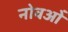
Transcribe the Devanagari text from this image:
नोवओं